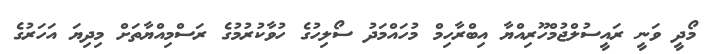
މޯދީ ވަނީ ރައީސުލްޖުމްހޫރިއްޔާ އިބްރާހިމް މުހައްމަދު ސޯލިހުގެ ހުވާކުރުމުގެ ރަސްމިއްޔާތަށް މިދިޔަ އަހަރުގެ